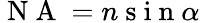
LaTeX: \mathrm{~N~A~}=n\mathrm{~s~i~n~}\alpha